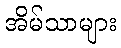
အိမ်သာများ